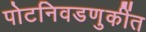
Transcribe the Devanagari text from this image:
पोटनिवडणुकींत